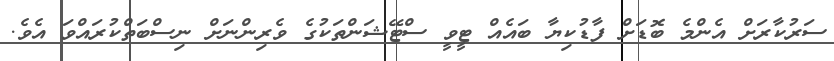
ސަރުކާރަށް އެންމެ ބޮޑަށް ފާޑުކިޔާ ބައެއް ޓީވީ ސްޓޭޝަންތަކުގެ ވެރިންނަށް ނިސްބަތްކުރައްވަ އެވެ.